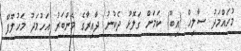
މުހައްމަދު ސާލިހް (އިބޫ) ކަމަށް ގަލޮޅު ދެކުނު ދާއިރާގެ މެންބަރު އަހުމަދު މަހުލޫފް